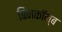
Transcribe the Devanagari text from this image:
बिनकॉम्ब